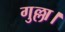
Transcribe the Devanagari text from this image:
गुल्ला।